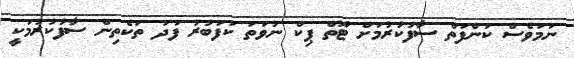
ނަމަވެސް ކަންފަތް ސާފުކުރުމަށް ޓޫތް ޕިކް ނުވަތަ ކަފަބުރު ފަދަ ތަކެތިން ސާފުކުރުމަކީ